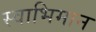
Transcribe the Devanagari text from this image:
स्‍वाभिमान